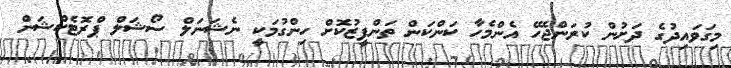
މިގަވައިދުގެ ދަށުން ކުރަންޖެހޭ އެންމެހާ ކަންކަން ތަންފީޒުކޮށް ހިންގުމަކީ ނެޝަނަލް ސޯޝަލް ޕްރޮޓެކްޝަން